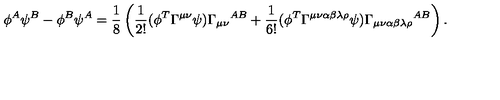
\phi ^ { A } \psi ^ { B } - \phi ^ { B } \psi ^ { A } = \frac { 1 } { 8 } \left( \frac { 1 } { 2 ! } ( \phi ^ { T } \Gamma ^ { \mu \nu } \psi ) { \Gamma _ { \mu \nu } } ^ { A B } + \frac { 1 } { 6 ! } ( \phi ^ { T } \Gamma ^ { \mu \nu \alpha \beta \lambda \rho } \psi ) { \Gamma _ { \mu \nu \alpha \beta \lambda \rho } } ^ { A B } \right) .